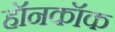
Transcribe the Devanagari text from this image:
हॉनकॉक